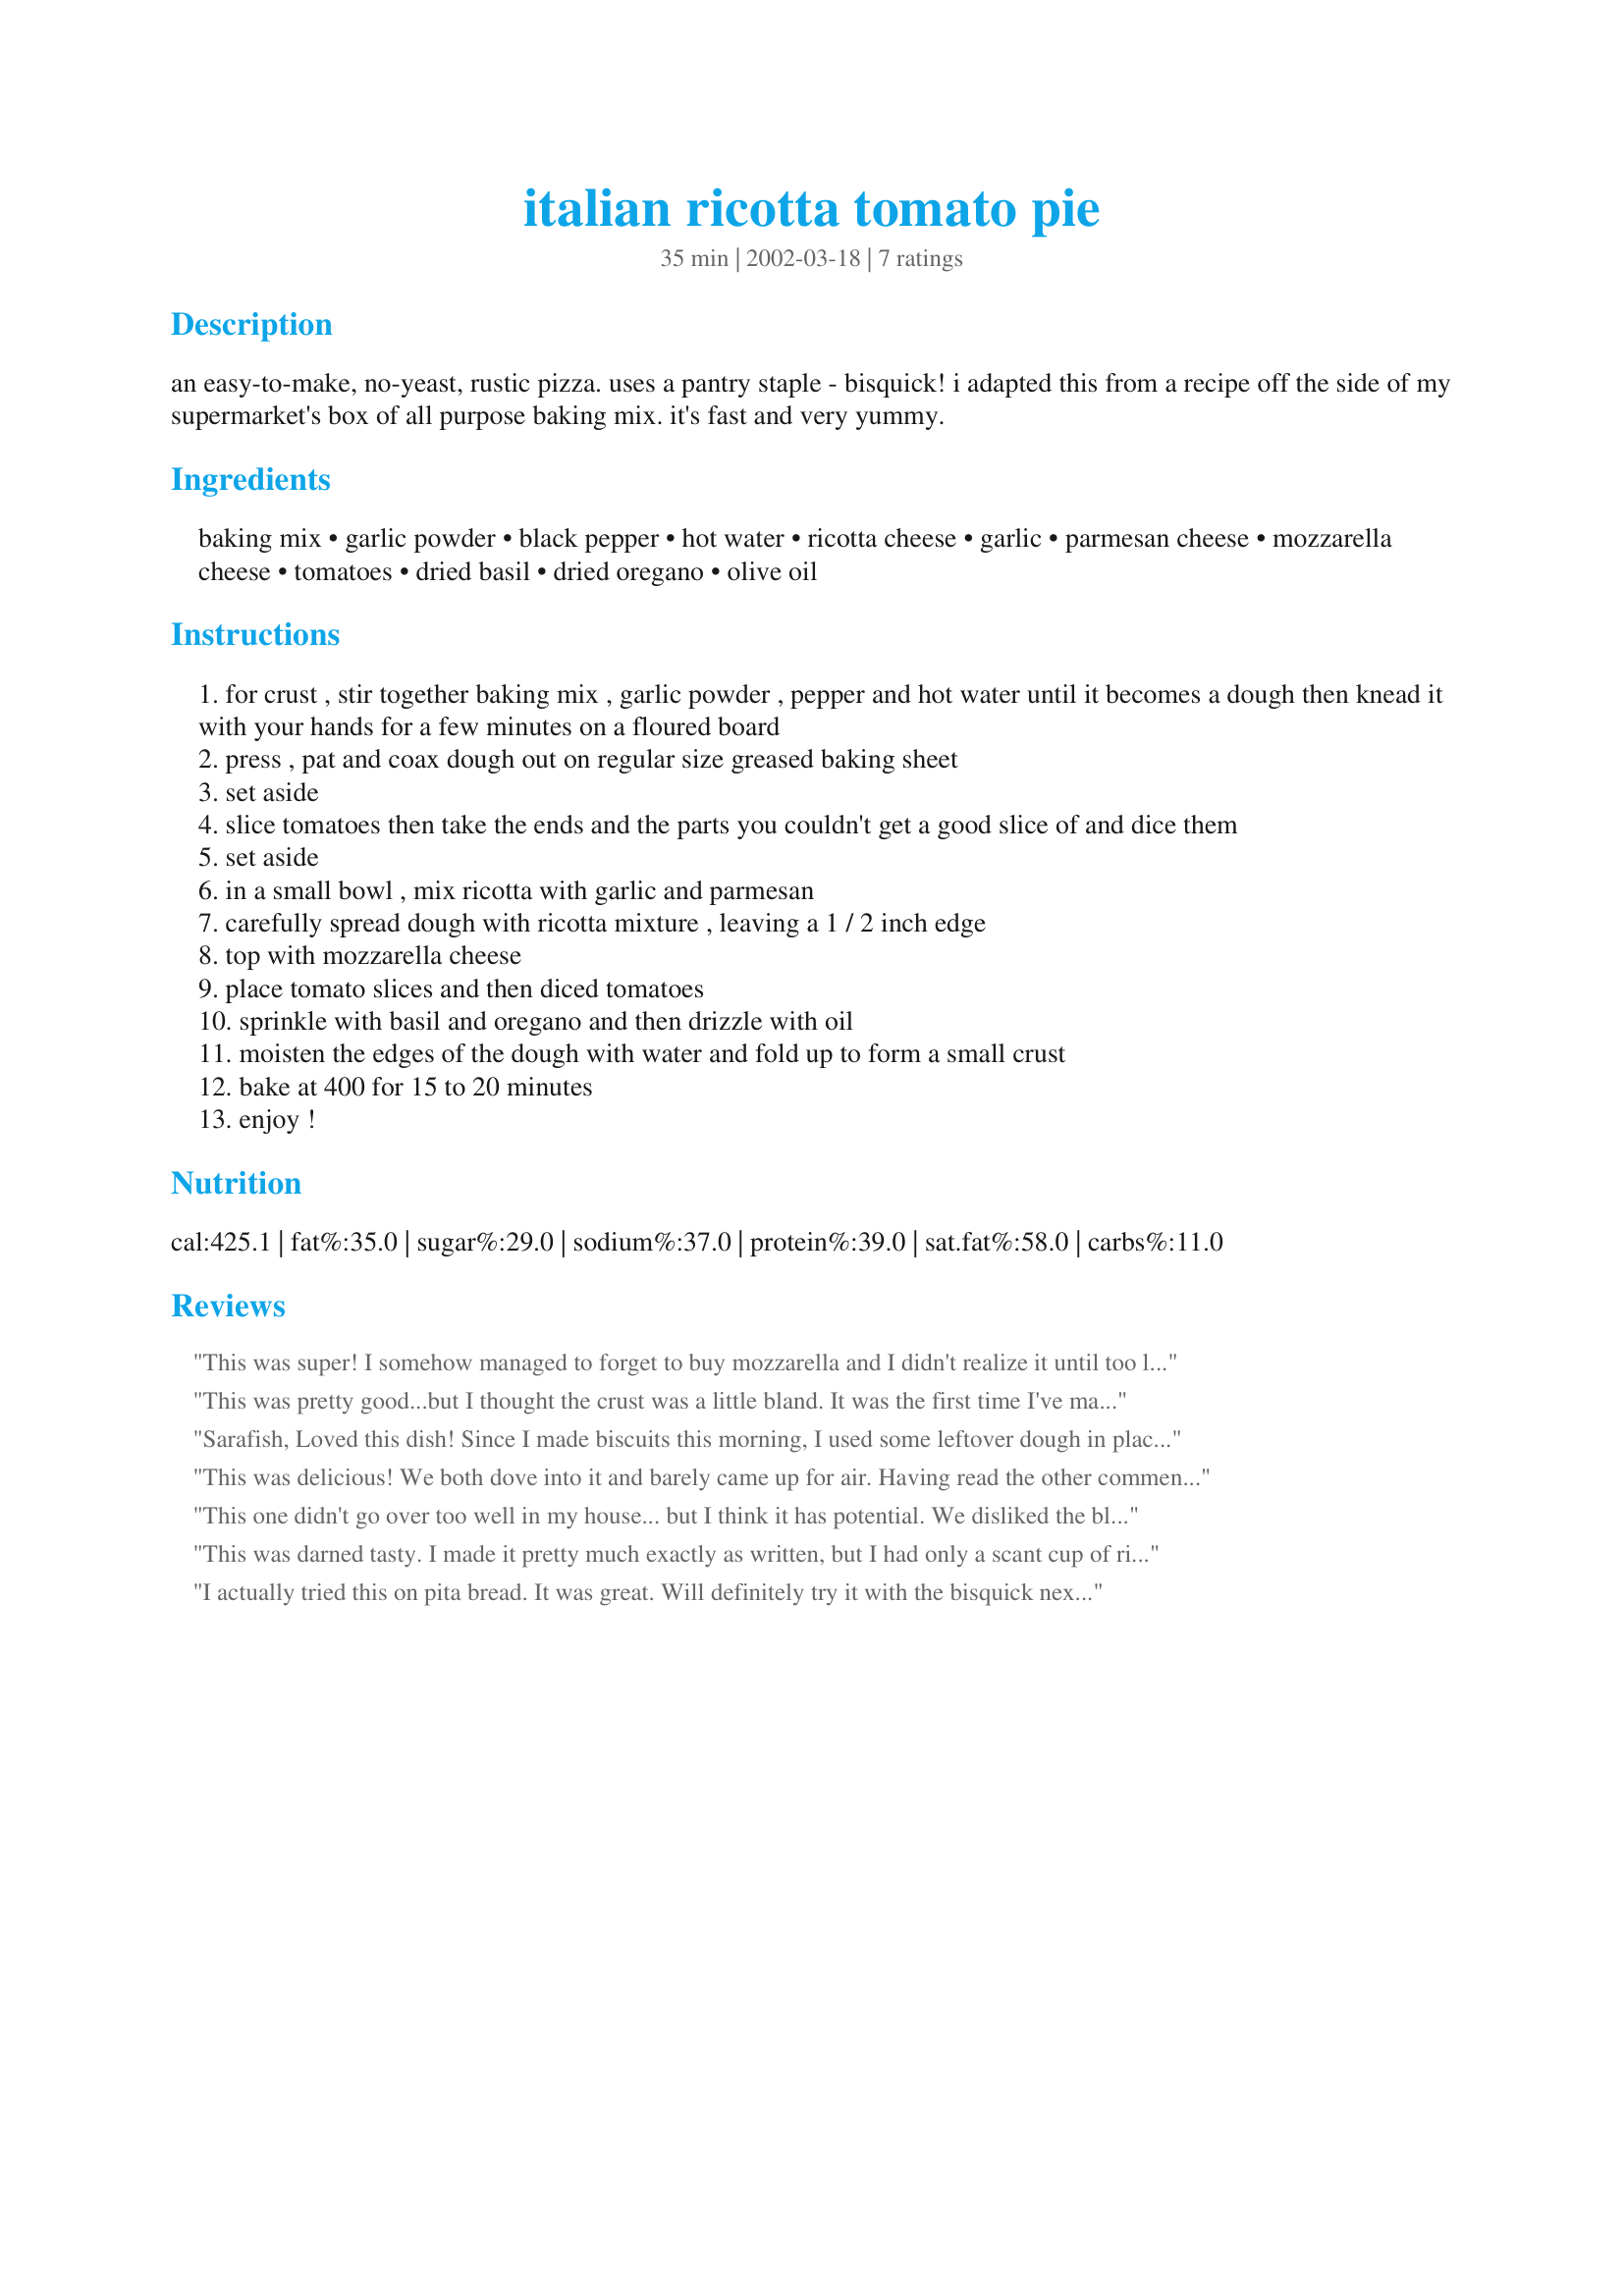
italian ricotta tomato pie
Preparation time: 35 minutes

an easy-to-make, no-yeast, rustic pizza. uses a pantry staple - bisquick! i adapted this from a recipe off the side of my supermarket's box of all purpose baking mix. it's fast and very yummy.

Ingredients:
baking mix, garlic powder, black pepper, hot water, ricotta cheese, garlic, parmesan cheese, mozzarella cheese, tomatoes, dried basil, dried oregano, olive oil

Steps:
for crust , stir together baking mix , garlic powder , pepper and hot water until it becomes a dough then knead it with your hands for a few minutes on a floured board
press , pat and coax dough out on regular size greased baking sheet
set aside
slice tomatoes then take the ends and the parts you couldn't get a good slice of and dice them
set aside
in a small bowl , mix ricotta with garlic and parmesan
carefully spread dough with ricotta mixture , leaving a 1 / 2 inch edge
top with mozzarella cheese
place tomato slices and then diced tomatoes
sprinkle with basil and oregano and then drizzle with oil
moisten the edges of the dough with water and fold up to form a small crust
bake at 400 for 15 to 20 minutes
enjoy !

Reviews:
This was super! I somehow managed to forget to buy mozzarella and I didn't realize it until too late; however, this was really good without it (I know you're saying "Pizza without mozzarella? That's crazy!" but it really was good). It was so nice to be able to put together such a speedy pizza crust - this was my first time using Bisquick, but I'll be using it again...for this recipe, at least. Thanks for sharing; it's a keeper!
This was pretty good...but I thought the crust was a little bland. It was the first time I've made homemade pizza dough...so very well could be the chef!! I will try and make it again...hopefully, my pizza skills will improve!
Sarafish,
Loved this dish! Since I made biscuits this morning, I used some leftover dough in place of Bisquik. Added pepper and garlic to the dough and let it set all day in fridge. Followed the rest of the recipe but used fresh basil and oregano (since it is in season) then sprinkled the top with cayennne papper and Romano cheese for an extra bit of bite. I am sitting here stuffing my face and trying to type at the same time...chew chew... I will be baking this again!!! (Wonder how it would be with green tomatoes? or onions....I like cold pizza...bet this would be great cold, too... hmmmm) Thanks for posting! =)
Barb
This was delicious! We both dove into it and barely came up for air. Having read the other comments about the crust I added hot pepper flakes, parmesan cheese, onion powder and basil to the dough. The crust however was very soft, we ate this with a fork. I thought about giving it 4 stars for that reason but just couldn't! It was just to good. Thanks a lot for a great dinner!
This one didn't go over too well in my house... but I think it has potential. We disliked the bland crust, and all that ricotta didn't do anything to add any flavor, even though I did add sliced onion and some Italian seasoning. I think on a crisp, seasoned crust, with more spices on the toppings, it might better suit our tastebuds. Thanks anyway!
This was darned tasty. I made it pretty much exactly as written, but I had only a scant cup of ricotta on hand, not quiiite a full cup. I also did the foil and spray step you mentioned (using canola oil cooking spray instead of Pam, which I've never bought). Since I live at a high elevation, I baked the pie for a full 20 minutes. The flavor is somewhat mild, so I can see why some other reviewers added other spices and so on. But as is, it's a light, healthy version of pizza. It did take me a while to prep, but I'm pretty meticulous about things. All in all, a great recipe - thanks!
I actually tried this on pita bread. It was great. Will definitely try it with the bisquick next time.
